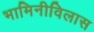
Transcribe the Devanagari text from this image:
भामिनीविलास